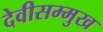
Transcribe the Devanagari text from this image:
देवीसम्मुख